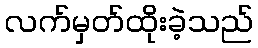
လက်မှတ်ထိုးခဲ့သည်